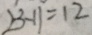
2 3 - 1 1 = 1 2